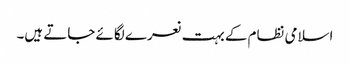
اسلامی نظام کے بہت نعرے لگائے جاتے ہیں۔